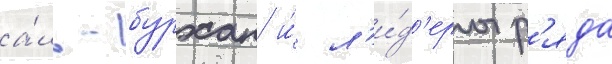
а́ль-бурхан и́ л'и́д'еры р'яда